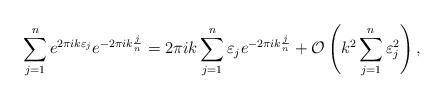
LaTeX: \begin{align*} \sum_{j=1}^{n} e^{2 \pi i k \varepsilon_j } e^{-2 \pi i k \frac{j}{n} } &= 2\pi i k \sum_{j=1}^{n} \varepsilon_j e^{-2 \pi i k \frac{j}{n} } + \mathcal{O}\left(k^2 \sum_{j=1}^{n} \varepsilon_j^2 \right), \end{align*}